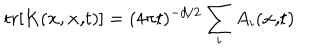
\mathrm { t r } [ K ( { \bf x , x , } t ) ] = ( 4 \pi t ) ^ { - d / 2 } \sum _ { i } A _ { i } ( { \bf x , } t { \bf ) }